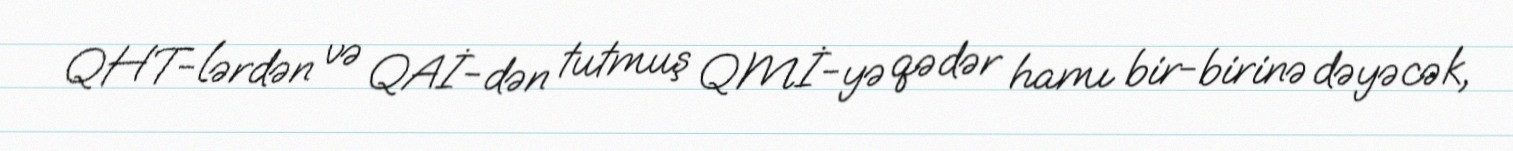
QHT-lərdən və QAİ-dən tutmuş QMİ-yə qədər hamı bir-birinə dəyəcək,